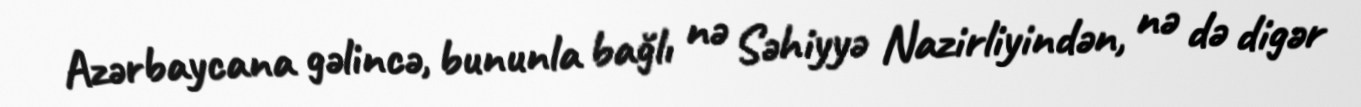
Azərbaycana gəlincə, bununla bağlı nə Səhiyyə Nazirliyindən, nə də digər